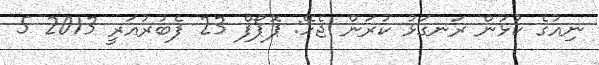
ނިއުގެ ކުޅުން ރަނގަޅު ކުރަން ޖެހޭ: ޕޮޕޯފް 23 ފެބުރުއަރީ 2013 5